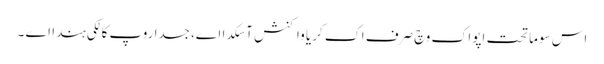
اس سوماتحت اپواک وچ صرف اک کریا واکنش آ سکدا اے، جسدا روپ کالکی ہندا اے ۔